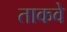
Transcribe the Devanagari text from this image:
ताकवे